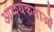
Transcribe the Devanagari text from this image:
आव्श्यकताओं